Malarial fevers
Disease focus: Malaria
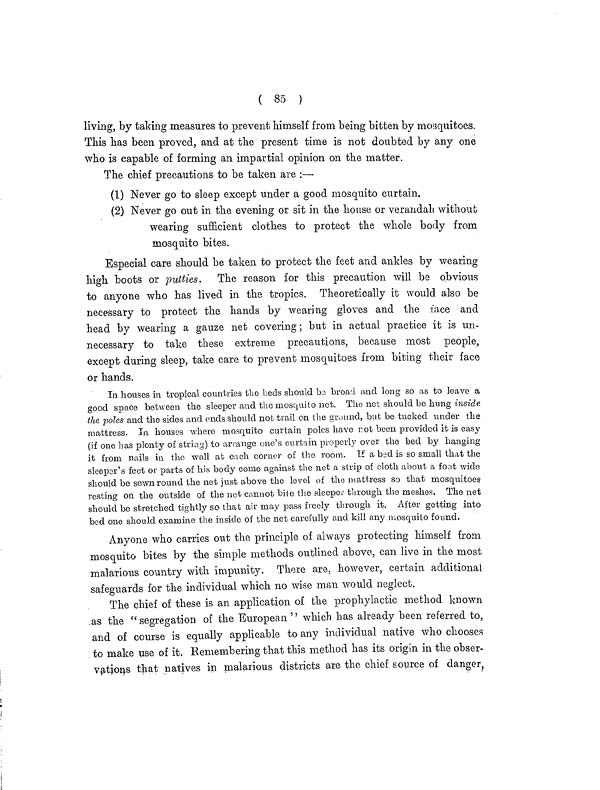
( 85 )
living, by taking measures to prevent himself from being bitten by mosquitoes.
This has been proved, and at the present time is not doubted by any one
who is capable of forming an impartial opinion on the matter.
The chief precautions to be taken are :—
(1) Never go to sleep except under a good mosquito curtain.
(2) Never go out in the evening or sit in the house or verandah without
wearing sufficient clothes to protect the whole body from
mosquito bites.
Especial care should be taken to protect the feet and ankles by wearing
high boots or putties. The reason for this precaution will be obvious
to anyone who has lived in the tropics. Theoretically it would also be
necessary to protect the hands by wearing gloves and the race and
head by wearing a gauze net covering; but in actual practice it is un-
necessary to take these extreme precautions, because most people,
except during sleep, take care to prevent mosquitoes from biting their face
or hands.
In houses in tropical countries the beds should be broad and long so as to leave a
good space between the sleeper and the mosquito not. The net should be hung inside
the poles and the sides and ends should nob trail on the ground, but be tucked under the
mattress. In houses where mosquito curtain poles have rot been provided it is easy
(if one has plenty of string) to arrange one's curtain properly over the bed by hanging
it from nails in the wall at each corner of the room. If a bed is so small that the
sleeper's feet or parts of his body come against the net a strip of cloth about a foot wide
should be sewn round the net just above the level of the mattress so that mosquitoes
resting on the outside of the net cannot bite the sleeper through the meshes. The net
should be stretched tightly so that air may pass freely through it. After getting into
bed one should examine the inside of the net carefully and kill any mosquito found.
Anyone who carries out the principle of always protecting himself from
mosquito bites by the simple methods outlined above, can live in the most
malarious country with impunity. There are, however, certain additional
safeguards for the individual which no wise man would neglect.
The chief of these is an application of the prophylactic method known
as the "segregation of the European " which has already been referred to,
and of course is equally applicable to any individual native who chooses
to make use of it. Remembering that this method has its origin in the obser-
vations that natives in malarious districts are the chief source of danger,